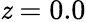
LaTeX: \mathit{z}=0.0